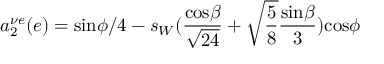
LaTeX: a _ { 2 } ^ { \nu e } ( e ) = \mathrm { s i n } \phi / 4 - s _ { W } ( \frac { \mathrm { c o s } \beta } { \sqrt { 2 4 } } + \sqrt { \frac 5 8 } \frac { \mathrm { s i n } \beta } { 3 } ) \mathrm { c o s } \phi